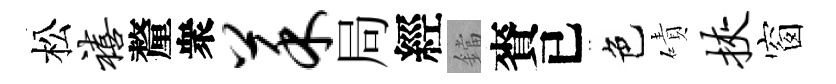
松禧釐衆菜局經鐺賚已色磧挟窗